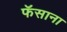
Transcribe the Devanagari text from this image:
फॅसाना